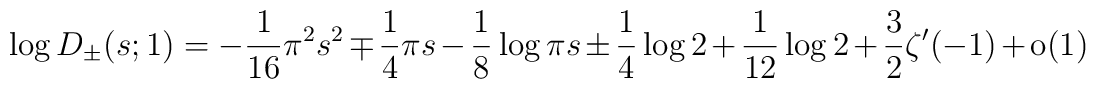
\log D_\pm(s;1)=-\frac{1}{16} \pi^2 s^2\mp \frac{1}{4} \pi s-\frac{1}{8}\log\pi s \pm \frac{1}{4}\log 2 +\frac{1}{12}\log 2 +\frac{3}{2}\zeta^\prime(-1) + \mbox{o}(1)